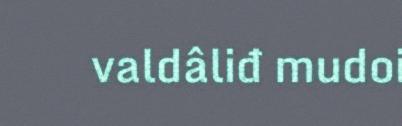
valdâliđ mudoi